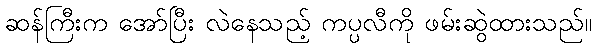
ဆန်ကြီးက အော်ပြီး လဲနေသည့် ကပ္ပလီကို ဖမ်းဆွဲထားသည်။